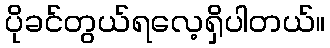
ပိုခင်တွယ်ရလေ့ရှိပါတယ်။